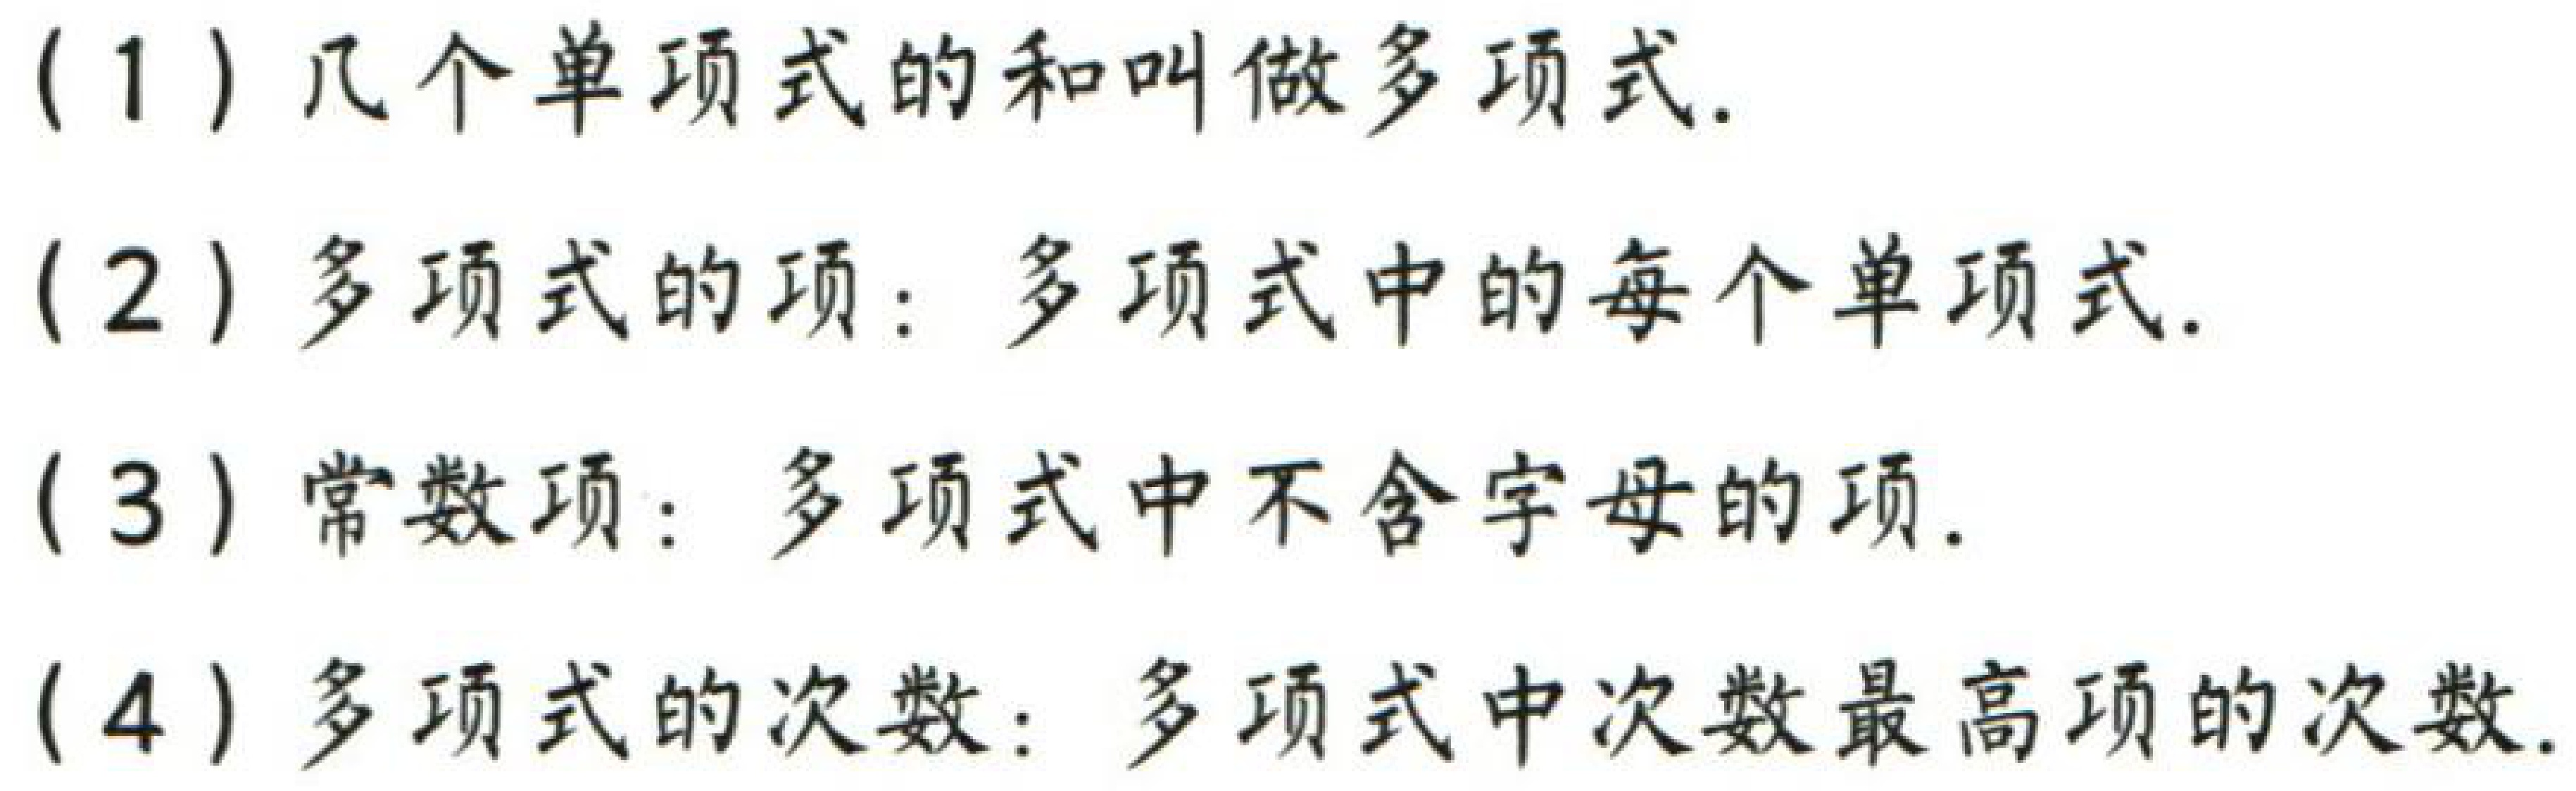
(1) 几个单项式的和叫做多项式.
(2) 多项式的项：多项式中的每个单项式.
(3) 常数项：多项式中不含字母的项.
(4) 多项式的次数：多项式中次数最高项的次数.